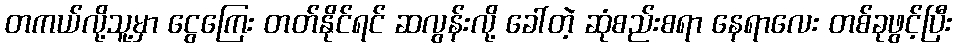
တကယ်လို့သူ့မှာ ငွေကြေး တတ်နိုင်ရင် ဆလွန်းလို့ ခေါ်တဲ့ ဆုံစည်းစရာ နေရာလေး တစ်ခုဖွင့်ပြီး